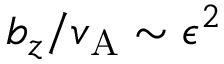
b _ { z } / v _ { \mathrm { A } } \sim \epsilon ^ { 2 }